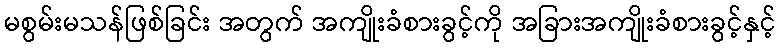
မစွမ်းမသန်ဖြစ်ခြင်း အတွက် အကျိုးခံစားခွင့်ကို အခြားအကျိုးခံစားခွင့်နှင့်